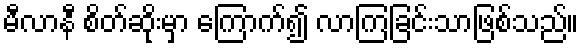
မီလာနီ စိတ်ဆိုးမှာ ကြောက်၍ လာကြခြင်းသာဖြစ်သည်။